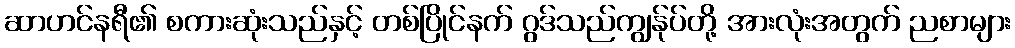
ဆာဟင်နရီ၏ စကားဆုံးသည်နှင့် တစ်ပြိုင်နက် ဂွဒ်သည်ကျွန်ုပ်တို့ အားလုံးအတွက် ညစာများ